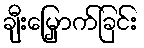
ချီးမြှောက်ခြင်း